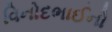
વિનોદભાઈનો